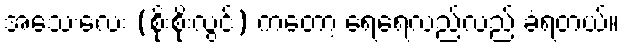
အသေးလေး (စိုးစိုးလွင်) ကတော့ ရေရေလည်လည် ခံရတယ်။